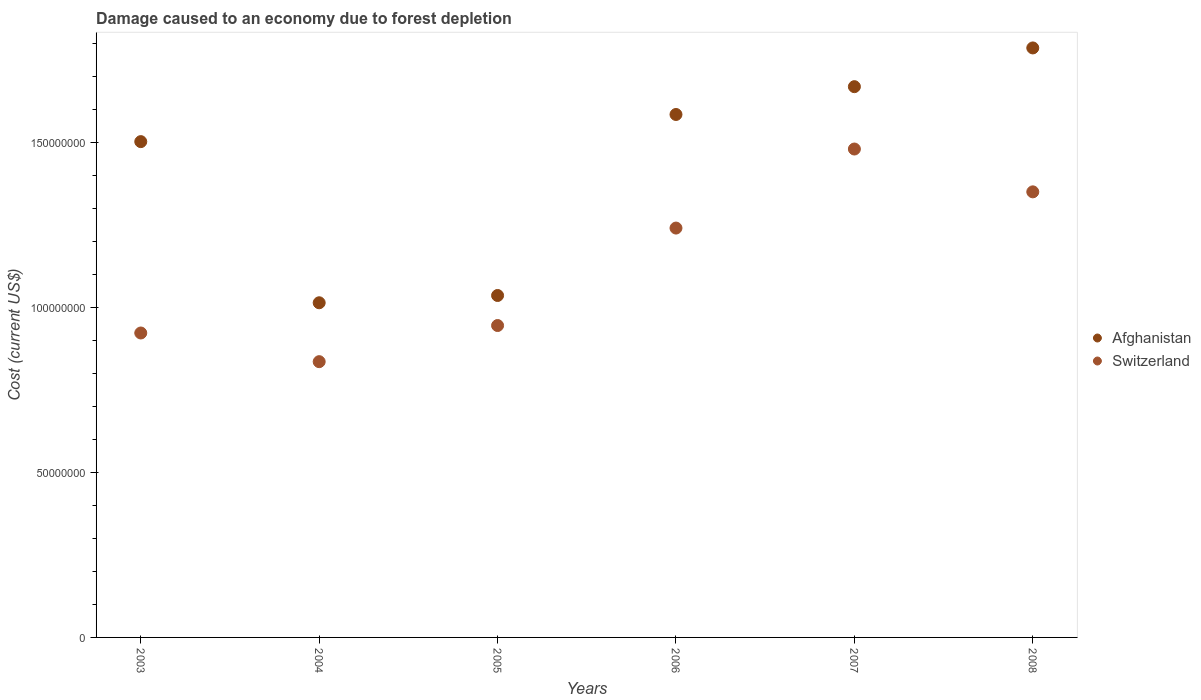
| Years | Afghanistan | Switzerland |
 | --- | --- | --- |
 | 2003 | 1.5e+08 | 9.22e+07 |
 | 2004 | 1.01e+08 | 8.35e+07 |
 | 2005 | 1.04e+08 | 9.45e+07 |
 | 2006 | 1.58e+08 | 1.24e+08 |
 | 2007 | 1.67e+08 | 1.48e+08 |
 | 2008 | 1.79e+08 | 1.35e+08 |